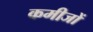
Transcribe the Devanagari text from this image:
कमीजों